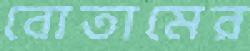
বোতামের